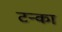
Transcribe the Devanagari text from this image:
टन्का